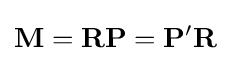
\mathbf {M} =\mathbf {R} \mathbf {P} =\mathbf {P} '\mathbf {R}